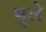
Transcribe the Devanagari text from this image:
भुले